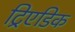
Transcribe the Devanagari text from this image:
ट्रिएडिक